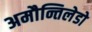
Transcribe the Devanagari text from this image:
अमौन्तिलेडो